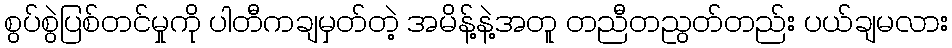
စွပ်စွဲပြစ်တင်မှုကို ပါတီကချမှတ်တဲ့ အမိန့်နဲ့အတူ တညီတညွတ်တည်း ပယ်ချမလား